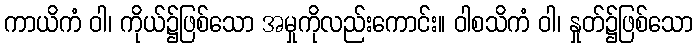
ကာယိကံ ဝါ၊ ကိုယ်၌ဖြစ်သော အမှုကိုလည်းကောင်း။ ဝါစသိကံ ဝါ၊ နှုတ်၌ဖြစ်သော